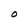
Character: O